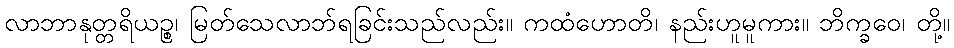
လာဘာနုတ္တရိယဉ္စ၊ မြတ်သေလာဘ်ရခြင်းသည်လည်း။ ကထံဟောတိ၊ နည်းဟူမူကား။ ဘိက္ခဝေ၊ တို့။